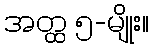
အတ္ထ ၅-မျိုး။